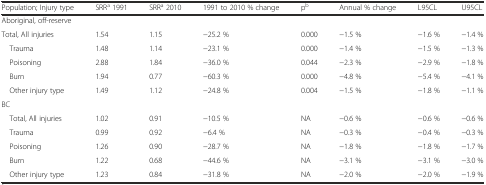
<table><thead><tr><td><b>Population; Injury type</b></td><td><b>SRR<sup>a</sup> 1991</b></td><td><b>SRR<sup>a</sup> 2010</b></td><td><b>1991 to 2010 % change</b></td><td><b>p<sup>b</sup></b></td><td><b>Annual % change</b></td><td><b>L95CL</b></td><td><b>U95CL</b></td></tr></thead><tbody><tr><td>Aboriginal, off-reserve</td><td></td><td></td><td></td><td></td><td></td><td></td><td></td></tr><tr><td>Total, All injuries</td><td>1.54</td><td>1.15</td><td>−25.2 %</td><td>0.000</td><td>−1.5 %</td><td>−1.6 %</td><td>−1.4 %</td></tr><tr><td> Trauma</td><td>1.48</td><td>1.14</td><td>−23.1 %</td><td>0.000</td><td>−1.4 %</td><td>−1.5 %</td><td>−1.3 %</td></tr><tr><td> Poisoning</td><td>2.88</td><td>1.84</td><td>−36.0 %</td><td>0.044</td><td>−2.3 %</td><td>−2.9 %</td><td>−1.8 %</td></tr><tr><td> Burn</td><td>1.94</td><td>0.77</td><td>−60.3 %</td><td>0.000</td><td>−4.8 %</td><td>−5.4 %</td><td>−4.1 %</td></tr><tr><td> Other injury type</td><td>1.49</td><td>1.12</td><td>−24.8 %</td><td>0.004</td><td>−1.5 %</td><td>−1.8 %</td><td>−1.1 %</td></tr><tr><td>BC</td><td></td><td></td><td></td><td></td><td></td><td></td><td></td></tr><tr><td> Total, All injuries</td><td>1.02</td><td>0.91</td><td>−10.5 %</td><td>NA</td><td>−0.6 %</td><td>−0.6 %</td><td>−0.6 %</td></tr><tr><td> Trauma</td><td>0.99</td><td>0.92</td><td>−6.4 %</td><td>NA</td><td>−0.3 %</td><td>−0.4 %</td><td>−0.3 %</td></tr><tr><td> Poisoning</td><td>1.26</td><td>0.90</td><td>−28.7 %</td><td>NA</td><td>−1.8 %</td><td>−1.8 %</td><td>−1.7 %</td></tr><tr><td> Burn</td><td>1.22</td><td>0.68</td><td>−44.6 %</td><td>NA</td><td>−3.1 %</td><td>−3.1 %</td><td>−3.0 %</td></tr><tr><td> Other injury type</td><td>1.23</td><td>0.84</td><td>−31.8 %</td><td>NA</td><td>−2.0 %</td><td>−2.0 %</td><td>−1.9 %</td></tr></tbody></table>